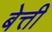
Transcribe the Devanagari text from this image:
बेत्ती